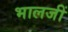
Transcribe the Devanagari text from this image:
भालजीं